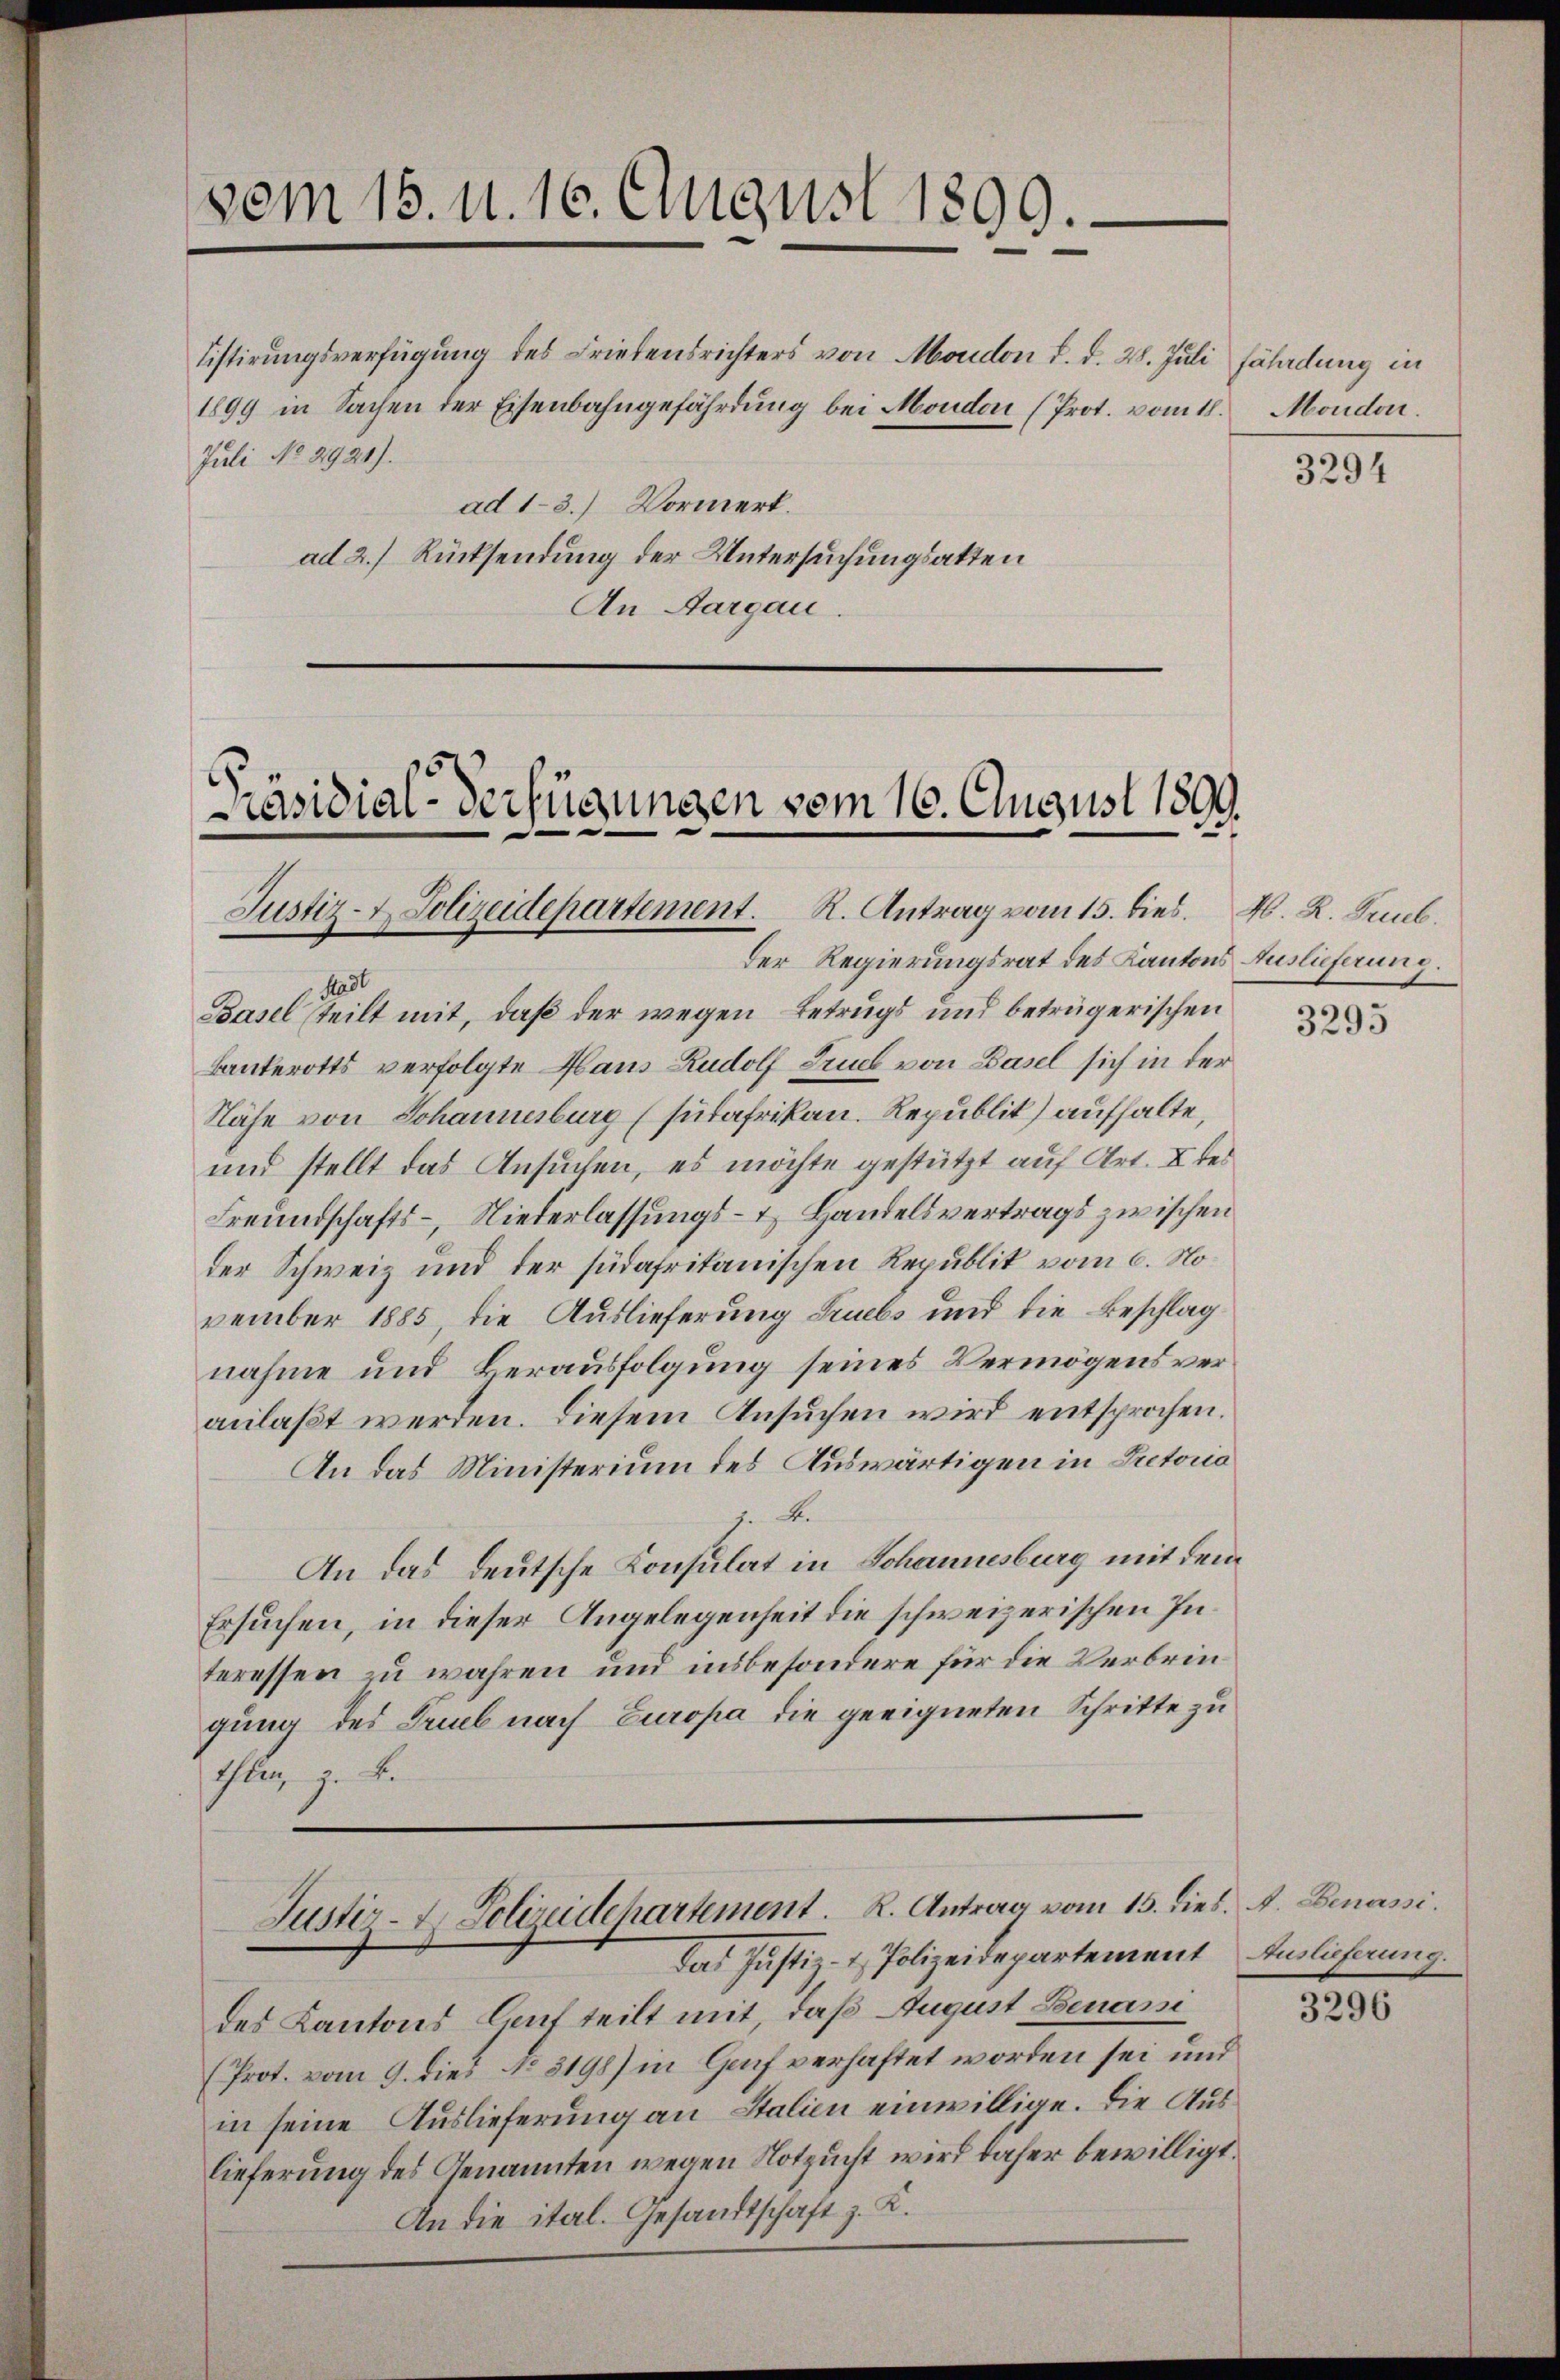
vom 15. d. 10. August 1899.

listirungsverfügung des Friedensrichters von Moudon d. d. 28. Juli fährdung in
1899 in Sachen der Eisenbahngefährdung bei Moudon (Prot. vom 18.
Juli No 2921).
ad 1-3.) Vormerk.
ad 2.) Rücksendung der Untersuchungsakten
An Aargau

Präsidial-Verfügungen vom 16. August 1899.
Justiz- & Polizeidepartement. R. Antrag vom 15. dies. M. R. Prub.

Der Regierungsrat des Kantons Auslieferung.
25
Basel teilt mit, daß der wegen Betrugs und betrügerischen
Banterotts verfolgte Haus Rudolf Trub von Basel sich in der
Nähe von Johannesburg (sutafrikan. Republit) aufhalte,
und stellt das Ansuchen, es möchte gestützt auf Art. X der
Freundschafts-, Niederlassungs- & Handelsvertrags zwischen
der Schweiz und der südafritanischen Republik vom 6. November 1885, die Auslieferung Sruebs und die Beschlag
nahme und Berausfolgung seines Vermögens veranlaßt werden. Diesem Ansuchen wird entsprochen.
An das Ministerium des Auswärtigen in Pretoria
A.
An das deutsche Konsulat in Schannesburg mit dem
Ersuchen, in dieser Angelegenheit die schweizerischen Interessen zu wahren und insbesondere für die Verbringung des Trub nach Europa die geeigneten Schritte zu
Ihlen, z. B.
Justiz- & Polizeidepartement. R. Antrag vom 15. dies. A. Denassi
Das Justiz- & Polizeidepartement
des Kantons Genf teilt mit, daß August Benani
(Prot. vom 9. dies No. 3198) in Graf verhaftet worden sei und
in seine Auslieferung an Stalien einwillige. Die Auslieferung des Genannten wegen Notzucht wird daher bewilligt.
An die ital. Gesandtschaft K.

Moudon.

3294

3295

Auslieferung.

3296